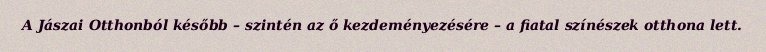
A Jászai Otthonból később – szintén az ő kezdeményezésére – a fiatal színészek otthona lett.